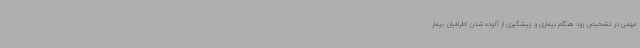
مهمی در تشخیص زود هنگام بیماری و پیشگیری از آلوده شدن اطرافیان بیمار